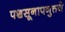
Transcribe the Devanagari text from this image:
पञ्चसूनापनुत्तये